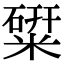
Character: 䊙